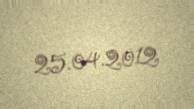
25.04.2012